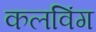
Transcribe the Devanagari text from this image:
कलविंग